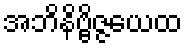
အဘိနိဗ္ဗိဇ္ဇယေထ